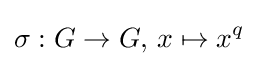
\sigma :G\to G,\,x\mapsto x^{q}